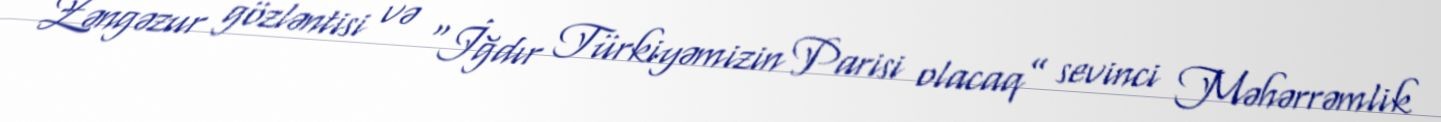
Zəngəzur gözləntisi və “İğdır Türkiyəmizin Parisi olacaq” sevinci Məhərrəmlik